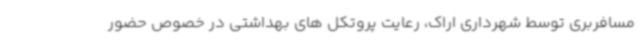
مسافربری توسط شهرداری اراک، رعایت پروتکل های بهداشتی در خصوص حضور